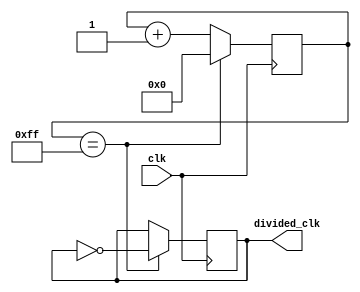
module clock_divider(
    input wire clk,
    output reg divided_clk
);

reg [7:0] counter;

always@(posedge clk) begin
    if(counter == 8'b11111111) begin
        counter <= 0;
        divided_clk <= ~divided_clk;
    end else begin
        counter <= counter + 1;
    end
end

endmodule